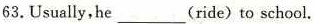
63.Usually,he ___ (ride) to school.